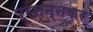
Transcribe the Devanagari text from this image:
प्रसन्नकर